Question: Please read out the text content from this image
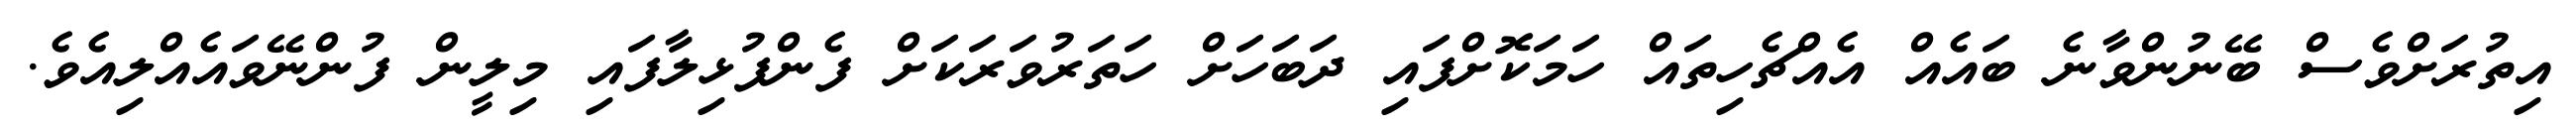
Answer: އިތުރަށްވެސް ބޭނުންވާނެ ބައެއް އެއްޗެހިތައް ހަމަކޮށްފައި ދަބަހަށް ހަތަރުވަރަކަށް ފެންފުޅިލާފައި މިލީން ފުންނޭވައެއްލިއެވެ.